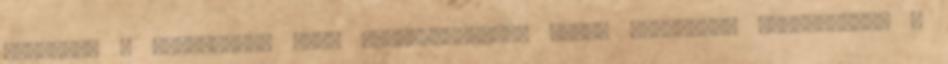
Érintett a Weboldalon maga helyesbítheti; egyéb esetekben Szolgáltató a